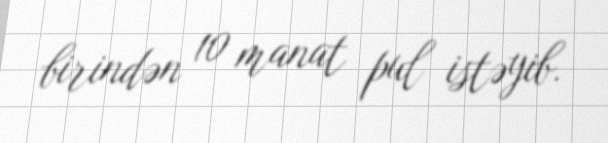
birindən 10 manat pul istəyib.